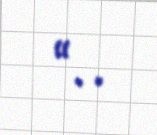
“..